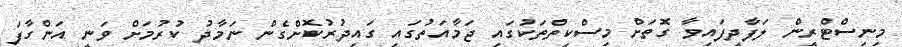
މިނިސްޓްރީން ލަފާދީފައިވާ ގޮތަށް މިސްކިތްތަކުގައި ޖަމާއަތުގައި ގައިދުރުކޮށްގެން ނަމާދު ކުރުމަށް ވަނީ އަންގާފަ